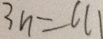
3 n = 6 6 1